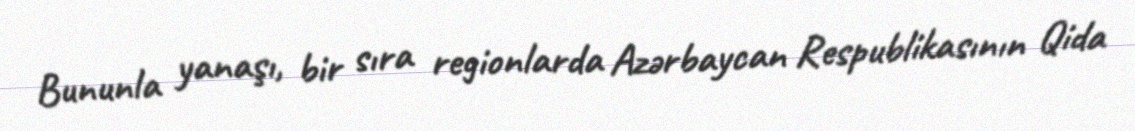
Bununla yanaşı, bir sıra regionlarda Azərbaycan Respublikasının Qida